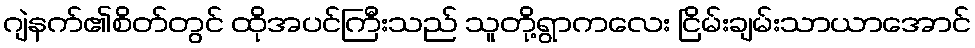
ဂျဲနက်၏စိတ်တွင် ထိုအပင်ကြီးသည် သူတို့ရွာကလေး ငြိမ်းချမ်းသာယာအောင်